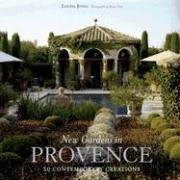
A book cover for New Gardens in Provence: 30 Contemporary Creations; Louisa Jones; Crafts, Hobbies & Home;